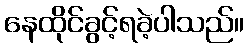
နေထိုင်ခွင့်ရခဲ့ပါသည်။